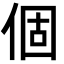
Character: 個